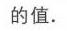
的值.